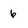
Character: 6